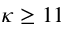
\kappa \geq 1 1